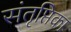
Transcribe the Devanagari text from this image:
संतृप्तिका